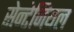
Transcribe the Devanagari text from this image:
सेन्टेनियल